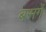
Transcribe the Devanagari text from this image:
बसर्गे